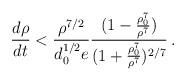
LaTeX: \begin{align*}\frac{d \rho}{dt} < \frac{\rho^{7/2}}{d^{1/2}_{0}e}\frac{(1-\frac{\rho_{0}^{7}}{\rho^{7}})}{(1+\frac{\rho_{0}^{7}}{\rho^{7}})^{2/7}}\,.\end{align*}